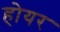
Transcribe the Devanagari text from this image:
होयर